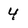
Character: 4